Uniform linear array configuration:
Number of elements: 32
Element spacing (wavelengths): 0.75
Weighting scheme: kaiser
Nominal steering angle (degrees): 0
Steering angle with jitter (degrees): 0.4429
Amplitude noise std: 0.05
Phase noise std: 0.05

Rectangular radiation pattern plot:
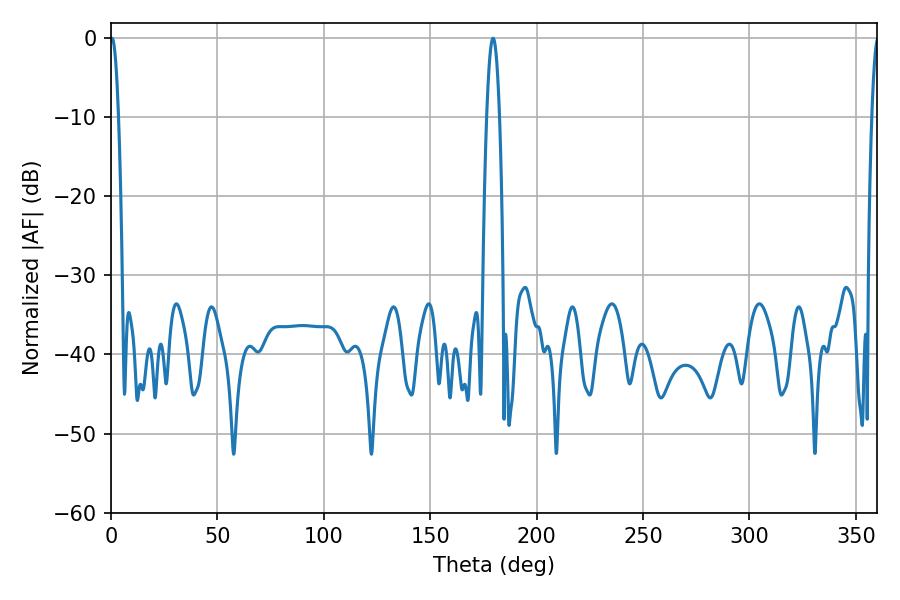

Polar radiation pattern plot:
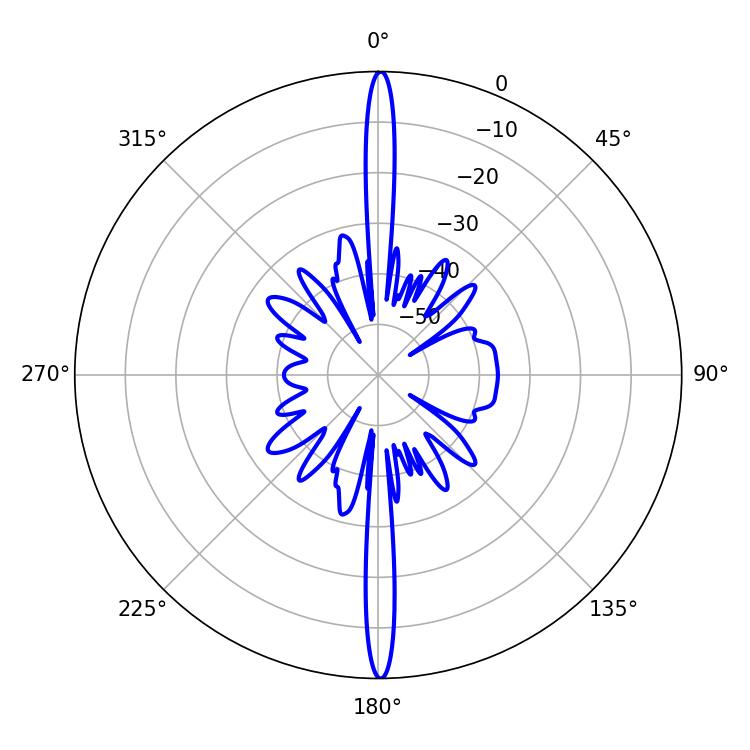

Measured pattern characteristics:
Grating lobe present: TRUE
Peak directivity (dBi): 32.628
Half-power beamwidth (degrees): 2.16
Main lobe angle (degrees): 0.54